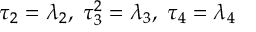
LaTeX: \tau _ { 2 } = \lambda _ { 2 } , \; \tau _ { 3 } ^ { 2 } = \lambda _ { 3 } , \; \tau _ { 4 } = \lambda _ { 4 }